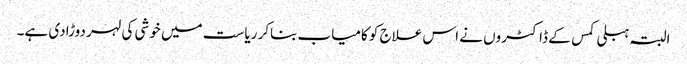
البتہ ہبلی کمس کے ڈاکٹروں نے اس علاج کو کامیاب بناکر ریاست میں خوشی کی لہر دوڑادی ہے۔